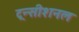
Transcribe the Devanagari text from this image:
ट्रन्सीशनल